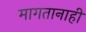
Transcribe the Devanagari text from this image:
मागतानाही